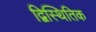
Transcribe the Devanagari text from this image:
द्विस्थितिक